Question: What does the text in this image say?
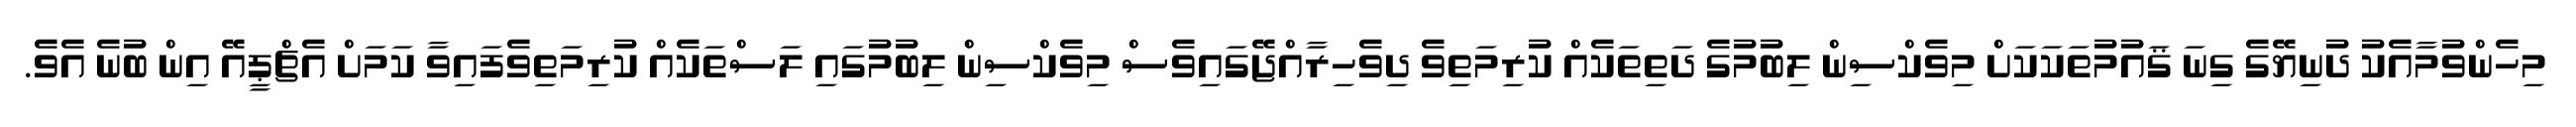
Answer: މިހެންވުމާއެކު ދުނިޔޭގެ ގިނަ ޤައުމުތަކަކަށް މިވެކްސިން ލިބުމުގެ ދަތިތަކެއް ކުރިމަތިވެ ދިވެހިރާއްޖޭގައިވެސް މިވެކްސިން ލިބުމުގައި ލަސްތަކެއް ކުރިމަތިވެފައިވާ ކަމަށް އެޗްޕީއޭ އިން ބުނެ އެވެ.